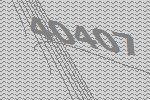
40407